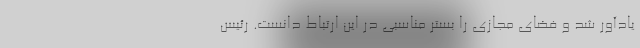
یادآور شد و فضای مجازی را بستر مناسبی در این ارتباط دانست.‌ ‌رئیس